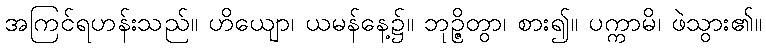
အကြင်ရဟန်းသည်။ ဟိယျော၊ ယမန်နေ့၌။ ဘုဉ္ဇိတွာ၊ စား၍။ ပက္ကာမိ၊ ဖဲသွား၏။